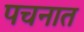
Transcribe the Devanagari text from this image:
पचनात